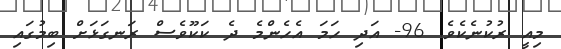
މިއީ ރުކުނެކެވެ. 96- އަދި ހަމަ އެހެންމެ ދެ ކަކޫވެސް ރަނގަޅަށް ބިމުގައި